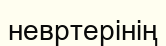
невртерінің